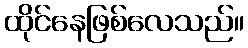
ထိုင်နေဖြစ်လေသည်။